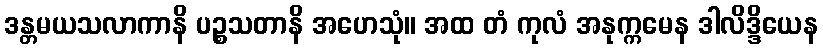
ဒန္တမယသလာကာနိ ပဉ္စသတာနိ အဟေသုံ။ အထ တံ ကုလံ အနုက္ကမေန ဒါလိဒ္ဒိယေန